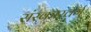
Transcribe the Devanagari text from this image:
संस्कारवर्ग